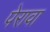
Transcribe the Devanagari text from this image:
पेरावा